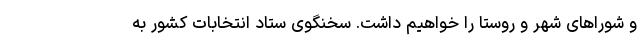
و شوراهای شهر و روستا را خواهیم داشت. سخنگوی ستاد انتخابات کشور به